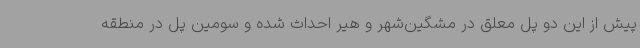
پیش از این دو پل معلق در مشگین‌شهر و هیر احداث شده و سومین پل در منطقه